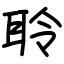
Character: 聆